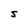
Character: S